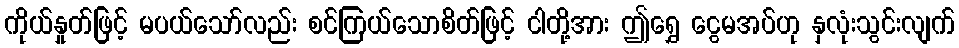
ကိုယ်နှုတ်ဖြင့် မပယ်သော်လည်း စင်ကြယ်သောစိတ်ဖြင့် ငါတို့အား ဤရွှေ ငွေမအပ်ဟု နှလုံးသွင်းလျက်